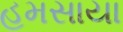
હમસાયા